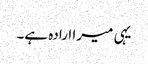
یہی میرا ارادہ ہے۔